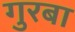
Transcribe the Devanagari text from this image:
गुरबा